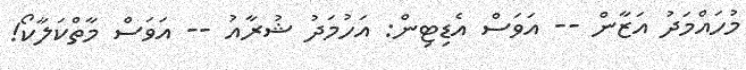
މުހައްމަދު އަޒާން -- އަވަސް އެޑިޓިން: އަހުމަދު ޝުރާއު -- އަވަސް މާތްކަލާކޯ!